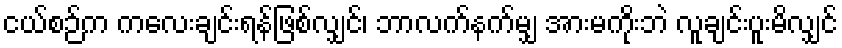
ငယ်စဉ်က ကလေးချင်းရန်ဖြစ်လျှင်၊ ဘာလက်နက်မျှ အားမကိုးဘဲ လူချင်းပူးမိလျှင်